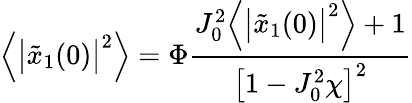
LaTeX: \Big\langle\big|\tilde{x}_{1}(0)\big|^{2}\Big\rangle=\Phi\frac{J_{0}^{2}\Big\langle\big|\tilde{x}_{1}(0)\big|^{2}\Big\rangle+1}{\big[1-J_{0}^{2}\chi\big]^{2}}